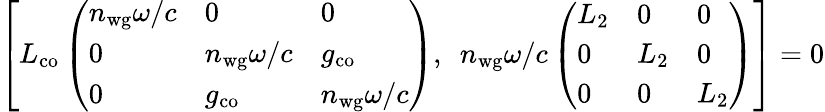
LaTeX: \left[L_{\mathrm{co}}\left(\begin{array}{lll}{n_{\mathrm{wg}}\omega/c}&{0}&{0}\\ {0}&{n_{\mathrm{wg}}\omega/c}&{g_{\mathrm{co}}}\\ {0}&{g_{\mathrm{co}}}&{n_{\mathrm{wg}}\omega/c}\end{array}\right),\ \ n_{\mathrm{wg}}\omega/c\left(\begin{array}{lll}{L_{\mathrm{2}}}&{0}&{0}\\ {0}&{L_{\mathrm{2}}}&{0}\\ {0}&{0}&{L_{\mathrm{2}}}\end{array}\right)\right]=0